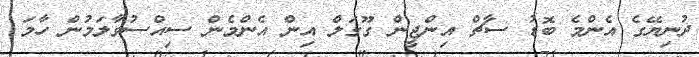
ދުނިޔޭގެ އެންމެ ބޮޑު ސާޗް އިންޖީން ގޫގަލް އިން އެންމެން ސިއްސުވާލަމުން ހާމަ